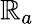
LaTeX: \mathbb{R}_{a}